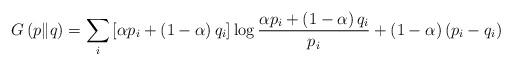
LaTeX: \begin{align*}G\left(p\|q\right)=\sum_{i}\left[\alpha p_{i}+\left(1-\alpha\right)q_{i}\right] \log\frac{\alpha p_{i}+\left(1-\alpha\right)q_{i}}{p_{i}}+\left(1-\alpha\right)\left(p_{i}-q_{i}\right) \end{align*}